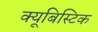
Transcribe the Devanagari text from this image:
क्यूबिस्टिक